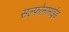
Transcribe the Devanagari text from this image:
सल्फोनामाईड